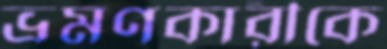
ভ্রমণকারীকে